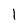
Character: I